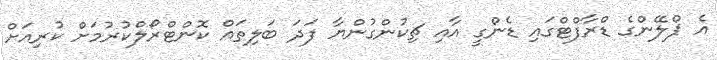
އެ ޕްލޭންގެ ޑްރާފްޓްގައި ޑެންގީ އާއި ޗިކުންގުންޔާ ފަދަ ބަލިތައް ކޮންޓްރޯލްކުރުމަށް ކުރިއަށް